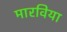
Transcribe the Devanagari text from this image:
मारविया